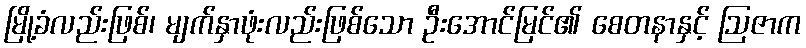
မြို့ခံလည်းဖြစ်၊ မျက်နှာဖုံးလည်းဖြစ်သော ဦးအောင်မြင်၏ စေတနာနှင့် ဩဇာက